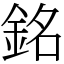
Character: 銘